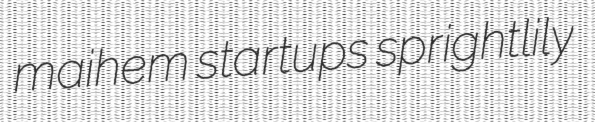
maihem startups sprightlily